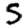
Digit: 5